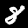
Digit: 8